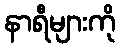
နာရီများကို